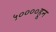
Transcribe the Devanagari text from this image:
५००००हून